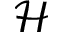
\mathcal { H }